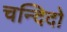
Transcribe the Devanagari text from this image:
चन्दिदो